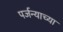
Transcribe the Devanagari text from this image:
पर्जन्याच्या